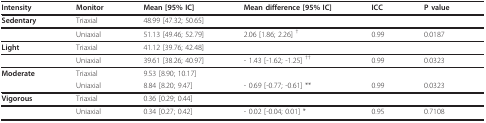
<table><thead><tr><td><b>Intensity</b></td><td><b>Monitor</b></td><td><b>Mean [95% IC]</b></td><td><b>Mean difference [95% IC]</b></td><td><b>ICC</b></td><td><b>P value</b></td></tr></thead><tbody><tr><td><b>Sedentary</b></td><td>Triaxial</td><td>48.99 [47.32; 50.65]</td><td></td><td></td><td></td></tr><tr><td></td><td>Uniaxial</td><td>51.13 [49.46; 52.79]</td><td>2.06 [1.86; 2.26] <sup>†</sup></td><td>0.99</td><td>0.0187</td></tr><tr><td><b>Light</b></td><td>Triaxial</td><td>41.12 [39.76; 42.48]</td><td></td><td></td><td></td></tr><tr><td></td><td>Uniaxial</td><td>39.61 [38.26; 40.97]</td><td>- 1.43 [-1.62; -1.25] <sup>††</sup></td><td>0.99</td><td>0.0323</td></tr><tr><td><b>Moderate</b></td><td>Triaxial</td><td>9.53 [8.90; 10.17]</td><td></td><td></td><td></td></tr><tr><td></td><td>Uniaxial</td><td>8.84 [8.20; 9.47]</td><td>- 0.69 [-0.77; -0.61] **</td><td>0.99</td><td>0.0323</td></tr><tr><td><b>Vigorous</b></td><td>Triaxial</td><td>0.36 [0.29; 0.44]</td><td></td><td></td><td></td></tr><tr><td></td><td>Uniaxial</td><td>0.34 [0.27; 0.42]</td><td>- 0.02 [-0.04; 0.01] *</td><td>0.95</td><td>0.7108</td></tr></tbody></table>